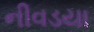
નીવડયા